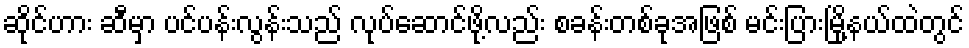
ဆိုင်ဟား ဆီမှာ ပင်ပန်းလွန်းသည် လုပ်ဆောင်ဖို့လည်း စခန်းတစ်ခုအဖြစ် မင်းပြားမြို့နယ်ထဲတွင်